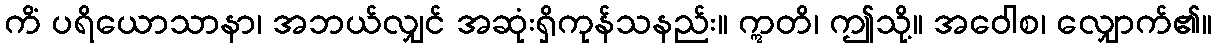
ကိံ ပရိယောသာနာ၊ အဘယ်လျှင် အဆုံးရှိကုန်သနည်း။ ဣတိ၊ ဤသို့။ အဝေါစ၊ လျှောက်၏။